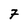
Character: 7